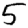
Digit: 5